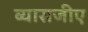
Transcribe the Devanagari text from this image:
व्यासजीए